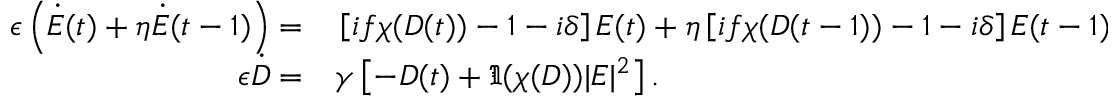
\begin{array} { r l } { \epsilon \left( \dot { E } ( t ) + \eta \dot { E } ( t - 1 ) \right) = } & { { } \left[ i f \chi ( D ( t ) ) - 1 - i \delta \right] E ( t ) + \eta \left[ i f \chi ( D ( t - 1 ) ) - 1 - i \delta \right] E ( t - 1 ) } \\ { \epsilon \dot { D } = } & { { } \gamma \left[ - D ( t ) + \Im ( \chi ( D ) ) | E | ^ { 2 } \right] . } \end{array}